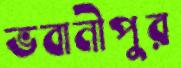
ভবানীপুর